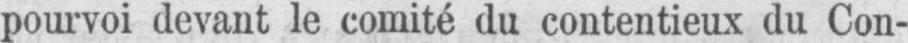
pourvoi devant le comité du contentieux du Con-